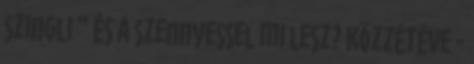
szingli ” És a szennyessel mi lesz? Közzétéve -